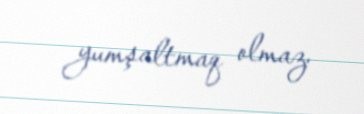
yumşaltmaq olmaz.